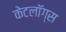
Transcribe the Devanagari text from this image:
केटलॉग्स